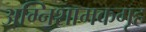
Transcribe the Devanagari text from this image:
अग्निशामकगृह